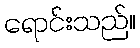
ရောင်းသည်။